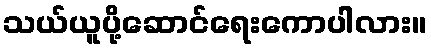
သယ်ယူပို့ဆောင်ရေးကောပါလား။